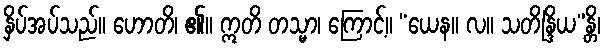
နှိပ်အပ်သည်။ ဟောတိ၊ ၏။ ဣတိ တသ္မာ၊ ကြောင့်။ “ယေန။ လ။ သတိန္ဒြိယ”န္တိ၊